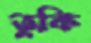
তুকি